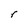
Character: r